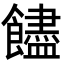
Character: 𩟝